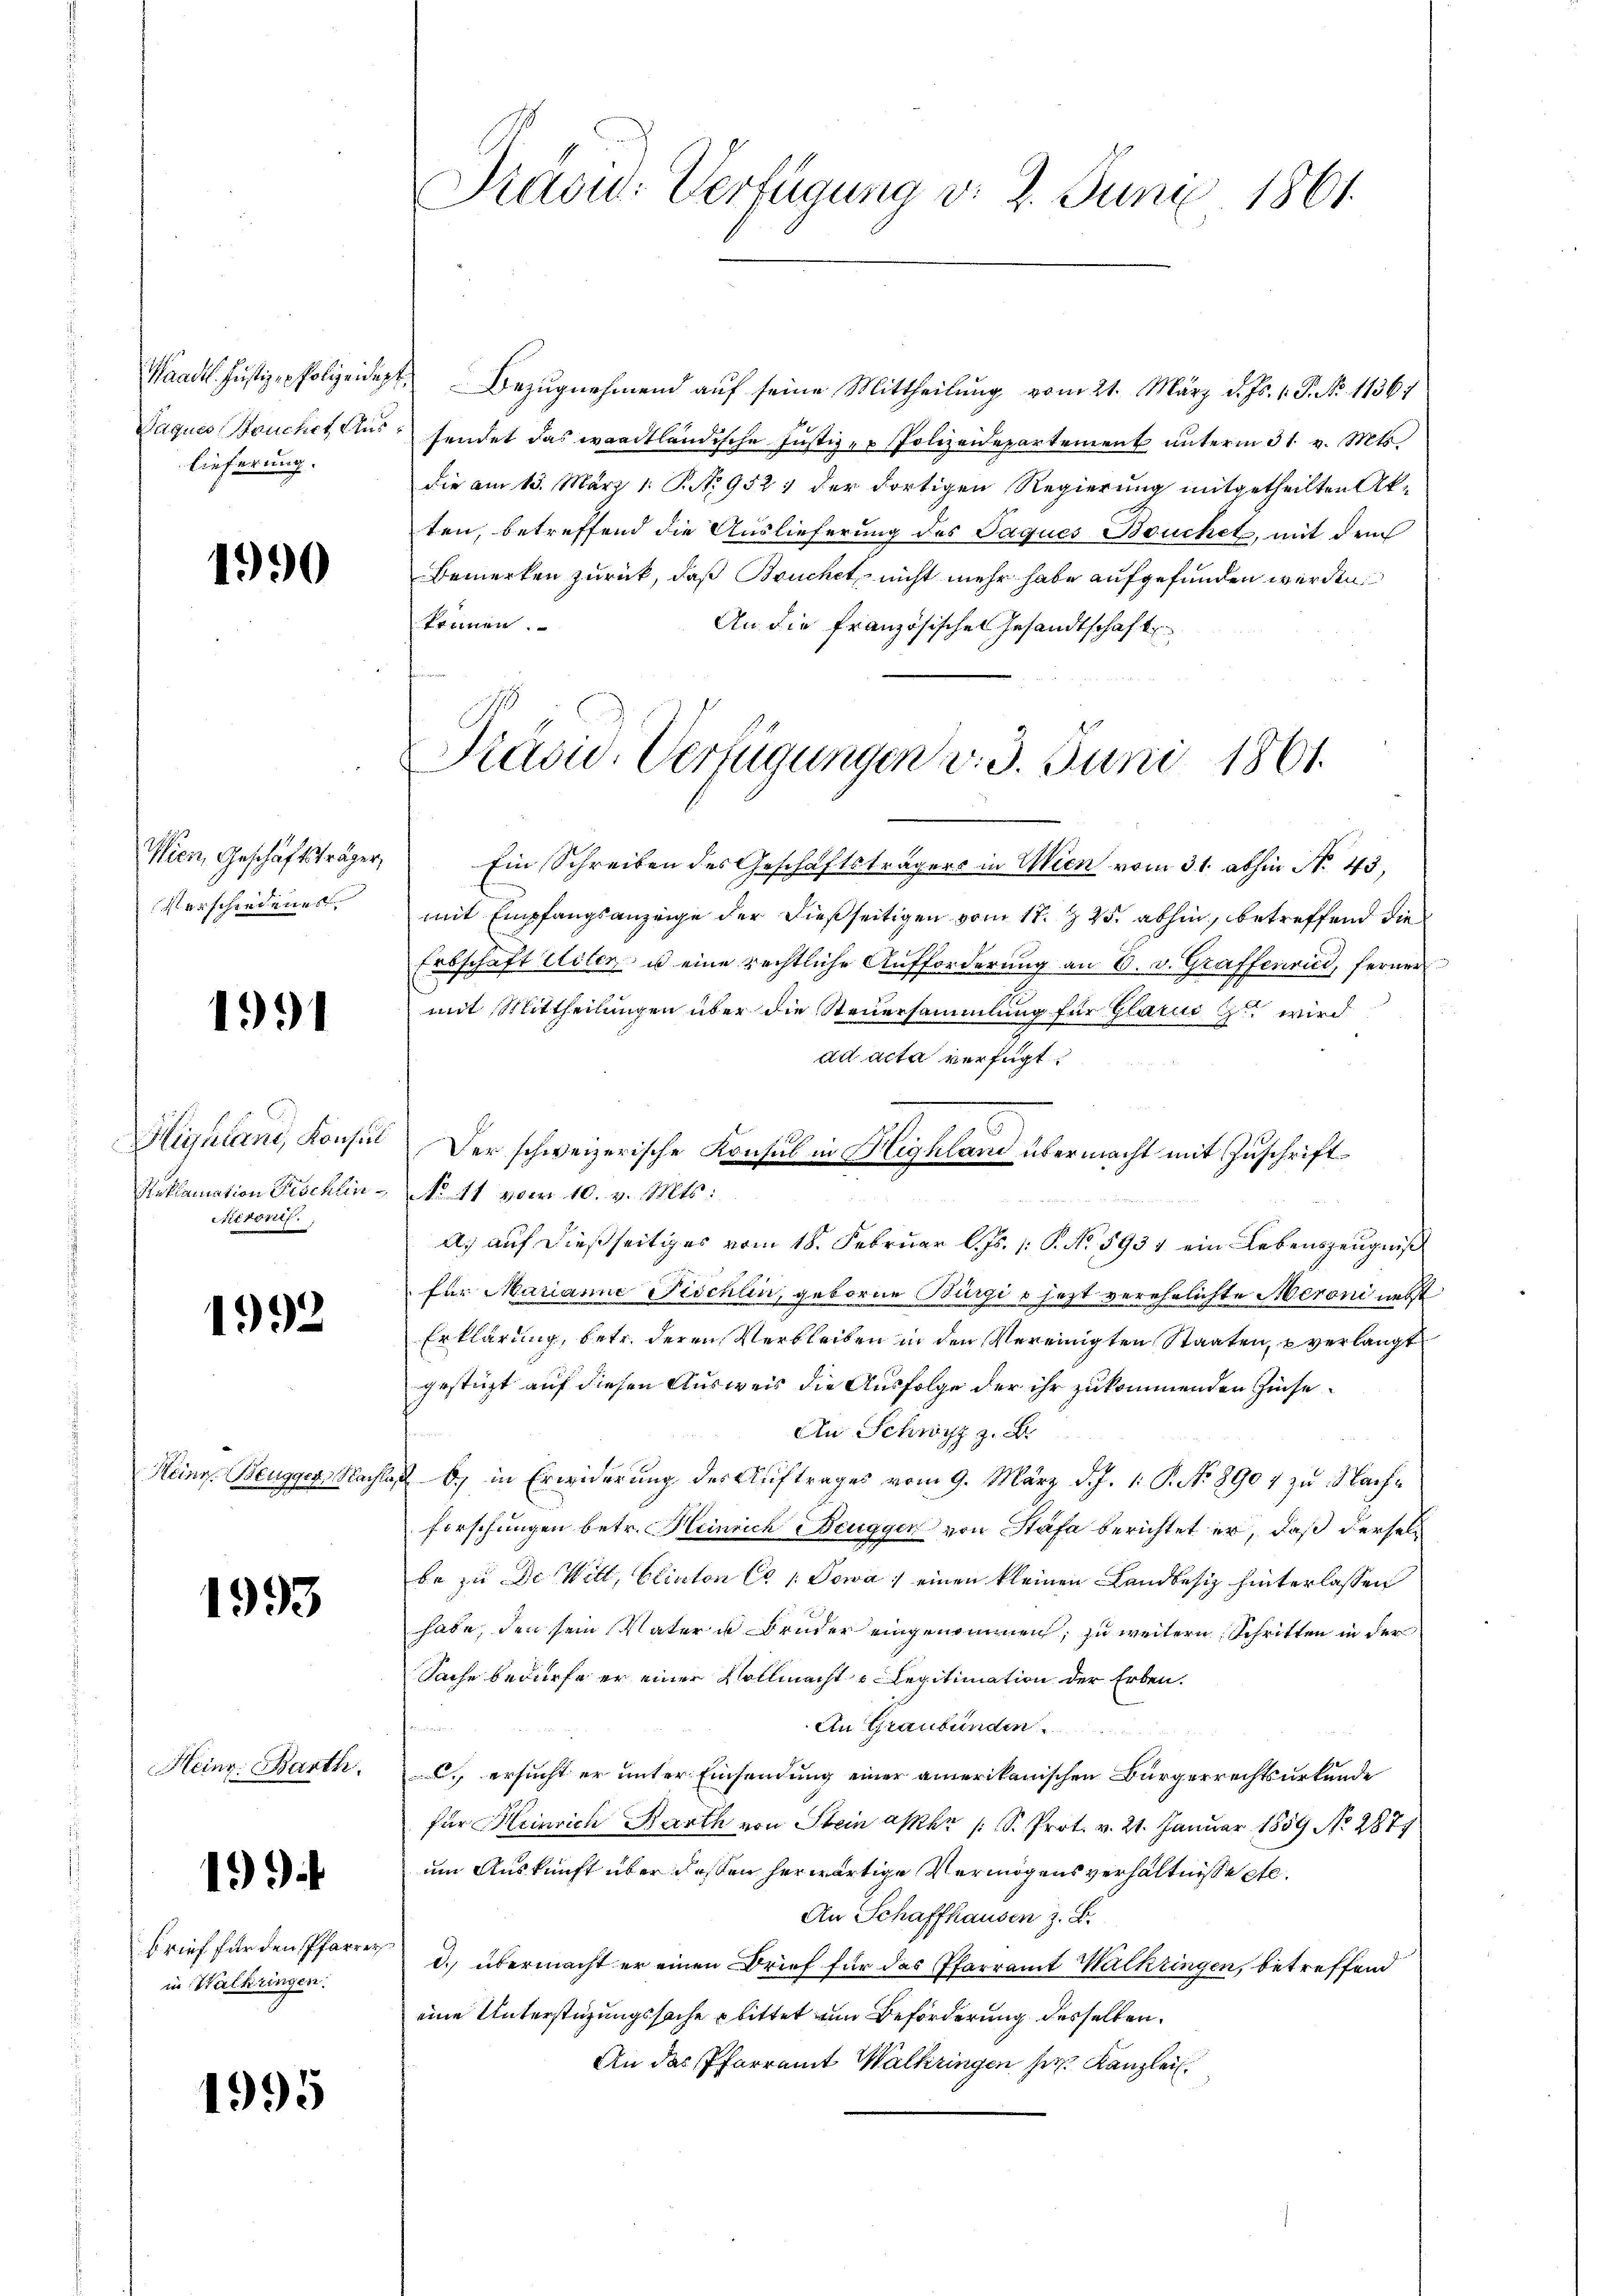
Waadt. Justiz- Polizeidigt
Paquer Brucht Aus
lieferung.

1990

Wien, Geschäftsträger,
Verschiedenes

1991

Highland, Konsul
Reklamation Fischlin
Niironis.

1992

Heine Beugger, Nacht

1993

Heinr. Barth.

199.

Brief für den Pfarre
in Walkringen.

1995

Draou-Verfügung v. 2. Juni 1861.

Bezugnehmend auf seine Mittheilung vom 21. März d. Js. v. P. No. 11361
sendet das waadtländische Justiz- & Polizeidepartement unterm 31. v. Mts.
die am 15. März 1. P. No 952 der dortigen Regierung mitgetheilten Ak-
ten, betreffend die Auslieferung des Jaques Bouchet, mit dem
Bemerken zurück, daß Bruchet, nicht mehr habe aufgefunden werden
können.
An die Französischen Gesandtschaft
Ein Schreiben des Geschäftsträgers in Wien vom 31. abhin No. 43.
mit Empfangsanzeige der dießseitigen vom 17. Z. 25. abhin, betreffend die
Erbschaft leiter, u eine rechtliche Aufforderung an 8. v. Graffenried, ferner
mit Mittheilungen über die Steuersammlung für Glarus zu wird
ad acta verfügt:
Der schweizerische Konsul in Highland übermacht mit Zuschrift
No 11 vom 10. v. Mts.
A.) auf dießseitiges vom 18. Februar l. Js. /: P. No. 5934 ein Lebenszeugniß
für Marianna Pichlin, geboren Bürgi & jezt verehelichte Meroni nebst
Erklärung, betr. deren Verbleiben in den Vereinigten Staaten, u verlangt
gestüzt auf diesen Ausweis die Ausfolge der ihr zukommenden Zinse¬
An Schwyz z. B.
 b.) in Erwiderung der Auftrages vom 9. März d. J. 1. P. No 8904 zu Nachforschungen betr. Heinrich Beuggen von Stäfa berichtet er, daß derselbe zu de Will, Eliaton Cs / Sowa einen kleinen Landbesiz hinterlassen
habe, den sein Vater u Bruder eingenommen, zu weitern Schritten in der
Sache bedürfe er einer Vollmacht u. Legitimation der Erben.
An Graubünden
. ersucht er unter Einsendung einer amerikanischen Bürgerrechtsurkunde
für Heinrich Barth von Stein aber (S. Prot. v. 21. Januar 1859 No 2874
um Auskunft über dessen herwärtige Vermögensverhältnisse etc.
An Schaffhausen z. B.
d. übermacht er einen Brief für das Pfarramt Walkringen, betreffend
eine Unterstüzungssache bittet um Beförderung desselben
An das Pfarramt Walkringen her Kanzlei

Präsid. Verfügungen v. 3. Juni 1861.